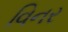
વિનર